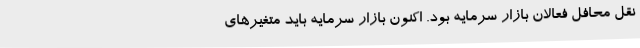
نقل محافل فعالان بازار سرمایه بود. اکنون بازار سرمایه باید متغیرهای